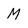
Character: M